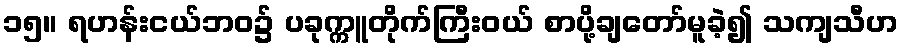
၁၅။ ရဟန်းငယ်ဘဝ၌ ပခုက္ကူတိုက်ကြီးဝယ် စာပို့ချတော်မူခဲ့၍ သကျသီဟ